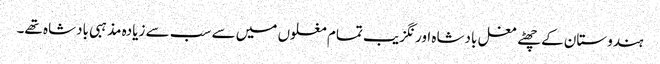
ہندوستان کے چھٹے مغل بادشاہ اورنگزیب تمام مغلوں میں سے سب سے زیادہ مذہبی بادشاہ تھے۔